King Institute of Preventive Medicine Micro-Biological Section reports 1912-19
Year: 1912
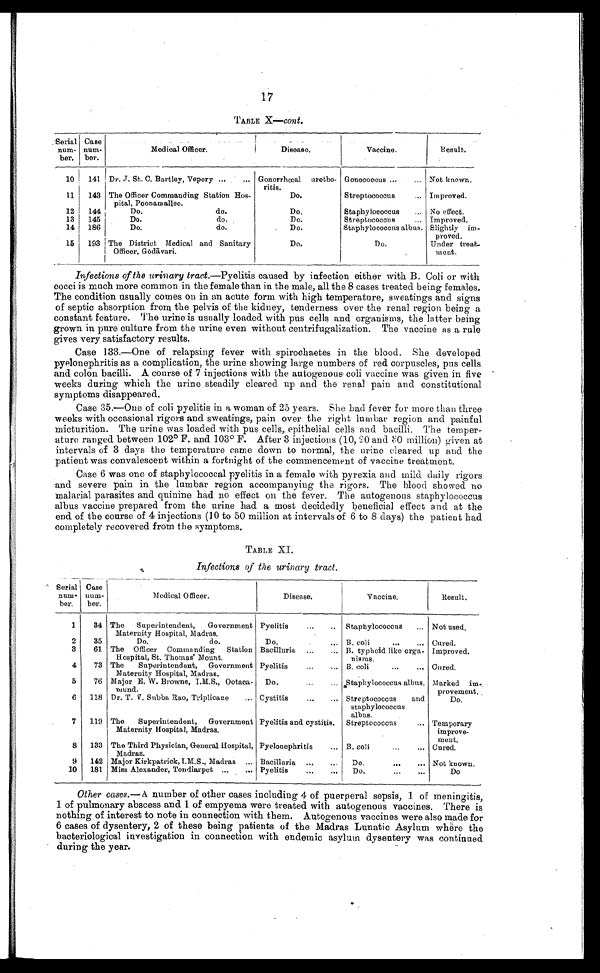
17
TABLE X— Cont .
Serial
num-
ber.
Case
num-
ber.
Medical Officer.
D i s e a s e .
Vaccine.
Result.
10
141
Dr. J. St. C. Bartley, Vepery . . . Gonorrhœal urethe-
ritis.
Gonococcus . . . Not known.
11
143
The Officer Commanding Station Hos-
pital, Poonamallee.
Streptococcus
. . . Improved.
Do.
12
144
Do.
do.
Do.
Staphylococcus
. . . No effect.
13
145
Do.
do.
Do.
Streptococcus
. . . Improved.
14
186
Do.
do.
Do.
Staphylococcus albus. Slightly im-
proved.
15
193 The District
Medical and Sanitary
Officer,G ō dā vari.
D o .
Do.
Under treat-
ment.
Infections of the urinary tract. —Pyelitis caused by infection either with B. Coli or with
cocci is much more common in the female than in the male, all the 8 cases treated being females.
The condition usually comes on in an acute form with high temperature, sweatings and signs
of septic absorption from the pelvis of the kidney, tenderness over the renal region being a
constant feature. The urine is usually loaded with pus cells and organisms, the latter being
grown in pure culture from the urine even without centrifugalization. The vaccine as a rule
gives very satisfactory results.
Case 133.—One of relapsing fever with spirochaetes in the blood. She developed
pyelonephritis as a complication, the urine showing large numbers of red corpuscles, pus cells
and colon bacilli. A course of 7 injections with the autogenous coli vaccine was given in five
weeks during which the urine steadily cleared up and the renal pain and constitutional
symptoms disappeared.
Case 35.—One of coli pyelitis in a woman of 25 years. She had fever for more than three
weeks with occasional rigors and sweatings, pain over the right lumbar region and painful
micturition. The urine was loaded with pus cells, epithelial cells and bacilli. The temper
- a t u r e r a n g e d b e t w e e n 1 0 2° F . a n d 1 0 3° F . A f t e r 3 i n j e c t i o n s ( 1 0 , 2 0a
n d 8 0 m i l l i o n ) g i v e n a t
intervals of 3 days the temperature came down to normal, the urine cleared up and the
patient was convalescent within a fortnight of the commencement of vaccine treatment.
Case 6 was one of staphylococcal pyelitis in a female with pyrexia and mild daily rigors
and severe pain in the lumbar region accompanying the rigors. The blood showed no
malarial parasites and quinine had no effect on the fever. The autogenous staphylococcus
albus vaccine prepared from the urine had a most decidedly beneficial effect and at the
end of the course of 4 injections (10 to 50 million at intervals of 6 to 8 days) the patient bad
completely recovered from the symptoms.
TABLE XI.
Infections of the urinary tract.
Serial
num-
ber.
Case
num-
ber.
Medical Officer.
Disease.
Vaccine.
Result.
1
34 The Superintendent, Government
Maternity Hospital, Madras.
Pyelitis
. . . Staphylococcus
. . . Not used.
2
35
Do.
do.
Do.
. . . B.coli
. . . Cured.
3
61
The Officer Commanding Station
Hospital, St. Thomas' Mount.
Bacilluria
. . . B. typhoid like orga-
nisms.
Improved.
4
73 The Superintendent, Government
Maternity Hospital, Madras.
Pyelitis
. . . B.coli
. . . Cured.
5
76
Major E. W. Browne, I.M.S., Ootaca-
mund.
Do.
. . . Staphylococcus albus.
Marked
im-
provement.
6
118
Dr. T. V. Subba Rao, Triplicane . . .
Cystitis
. . . Streptococcus and
staphylococcus
albus.
Do.
7
119
The Superintendent, Government
Maternity Hospital, Madras.
Pyelitis and cystitis.
Streptococcus . . .
Temporary
improve-
ment.
8
133 The Third Physician, General Hospital,
Madras.
Pyelonephritis . . . B.coli . . .
Cured.
9
142 Major Kirkpatrick, I.M.S., Madras . . .
Bacilluria . . .
Do . . . Not known.
10
181
Miss Alexander, Tondiarpet . . .
Pyelitis . . .
Do. . . .
Do
Other cases.— A number of other cases including 4 of puerperal sepsis, 1 of meningitis,
1 of pulmonary abscess and 1 of empyema were treated with autogenous vaccines. There is
nothing of interest to note in connection with them. Autogenous vaccines were also made for
6 cases of dysentery, 2 of these being patients of the Madras Lunatic Asylum where the
bacteriological investigation in connection with endemic asylum dysentery was continued
during the year.